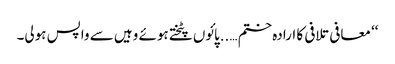
‘‘ معافی تلافی کا ارادہ ختم …..پائوں پٹختے ہوئے وہیں سے واپس ہولی۔